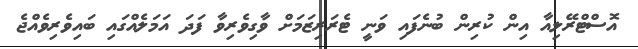
އޮސްޓްރޭލިއާ އިން ކުރިން ބުނެފައި ވަނީ ޓެރަރިޒަމަށް ވާގިވެރިވާ ފަދަ އަމަލެއްގައި ބައިވެރިވެއްޖެ